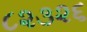
૮૨૩૨૬